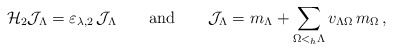
\begin{align*}{\mathcal H}_2 {\mathcal J}_{\Lambda} = \varepsilon_{\lambda,2}\, {\mathcal J}_{\Lambda} \qquad {\rm and}\qquad {\mathcal J}_{\Lambda} =m_{\Lambda} + \sum_{\Omega <_h \Lambda} v_{\Lambda \Omega} \, m_{\Omega} \, ,\end{align*}